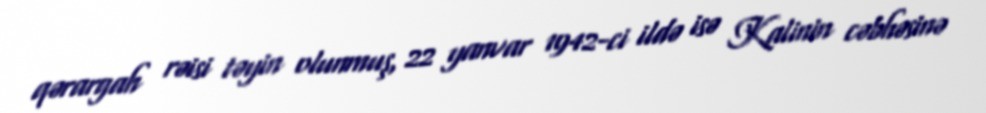
qərargah rəisi təyin olunmuş, 22 yanvar 1942-ci ildə isə Kalinin cəbhəsinə